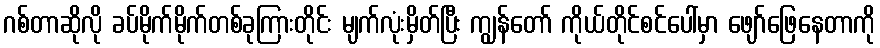
ဂစ်တာဆိုလို ခပ်မိုက်မိုက်တစ်ခုကြားတိုင်း မျက်လုံးမှိတ်ပြီး ကျွန်တော် ကိုယ်တိုင်စင်ပေါ်မှာ ဖျော်ဖြေနေတာကို